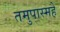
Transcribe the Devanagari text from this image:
तमुपास्महे